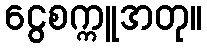
ငွေစက္ကူအတု။